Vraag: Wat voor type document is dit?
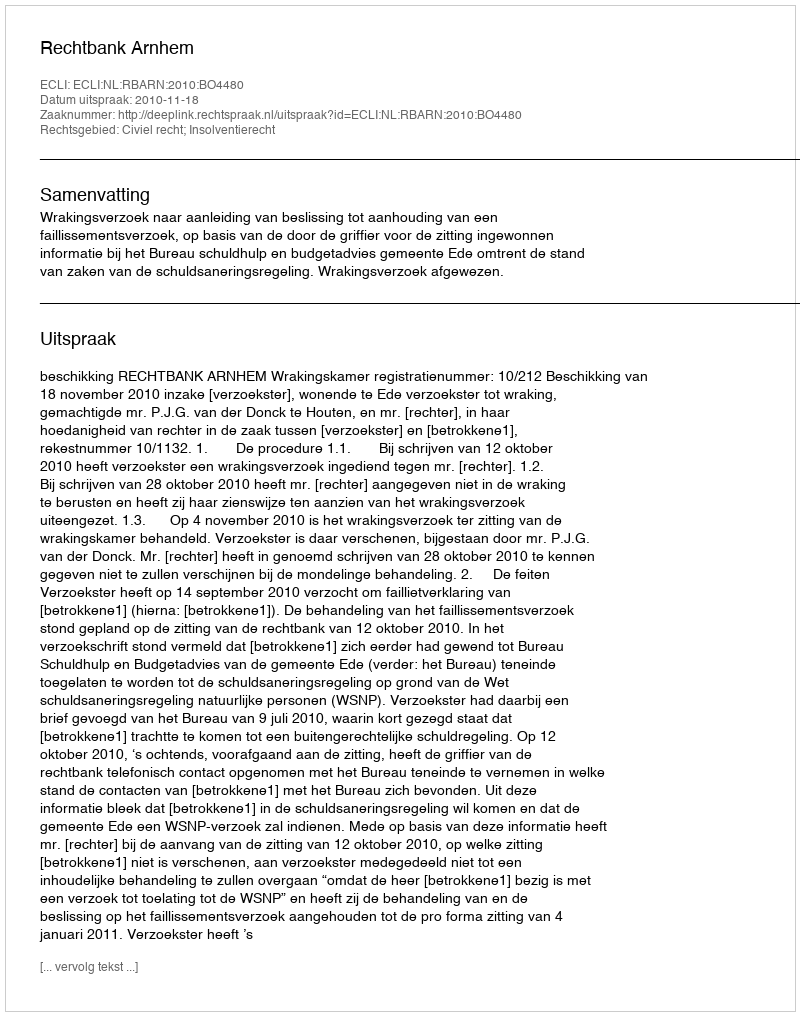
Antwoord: Uitspraak